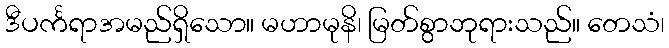
ဒီပင်္ကရာအမည်ရှိသော။ မဟာမုနိ၊ မြတ်စွာဘုရားသည်။ တေသံ၊